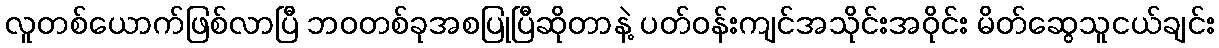
လူတစ်ယောက်ဖြစ်လာပြီ ဘဝတစ်ခုအစပြုပြီဆိုတာနဲ့ ပတ်ဝန်းကျင်အသိုင်းအဝိုင်း မိတ်ဆွေသူငယ်ချင်း